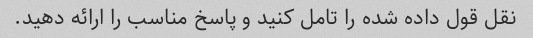
نقل قول داده شده را تامل کنید و پاسخ مناسب را ارائه دهید.